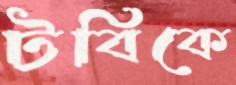
টবিকে